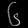
Digit: ၆